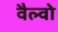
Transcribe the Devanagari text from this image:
वैल्वो